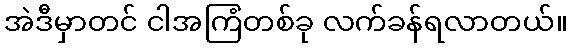
အဲဒီမှာတင် ငါအကြံတစ်ခု လက်ခန်ရလာတယ်။